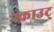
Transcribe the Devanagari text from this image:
स्काउट्